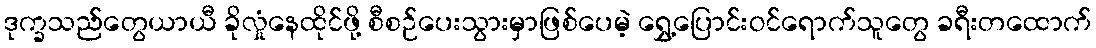
ဒုက္ခသည်တွေယာယီ ခိုလှုံနေထိုင်ဖို့ စီစဉ်ပေးသွားမှာဖြစ်ပေမဲ့ ရွှေ့ပြောင်းဝင်ရောက်သူတွေ ခရီးတထောက်